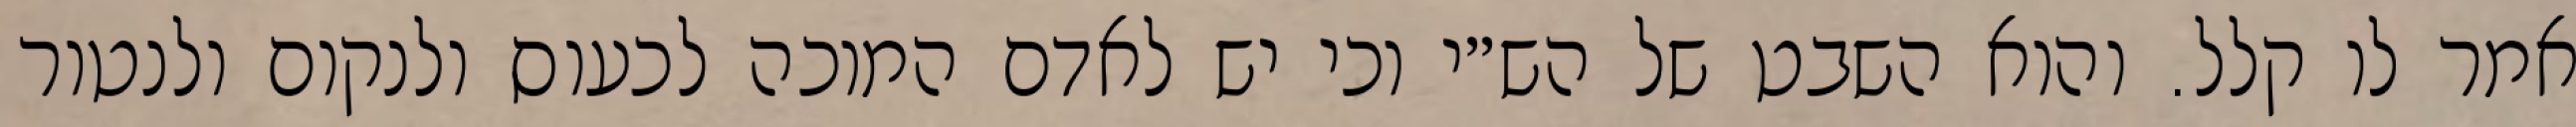
אמר לו קלל. והוא השבט של הש״י וכי יש לאדם המוכה לכעוס ולנקום ולנטור